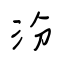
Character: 汾